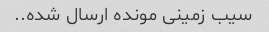
سیب زمینی مونده ارسال شده..